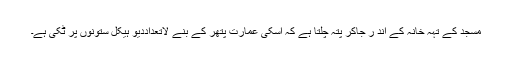
مسجد کے تہہ خانہ کے اند ر جاکر پتہ چلتا ہے کہ اسکی عمارت پتھر کے بنے لاتعداددیو ہیکل ستونوں پر ٹکی ہے۔